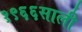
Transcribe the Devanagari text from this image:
१९६६साली